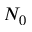
N _ { 0 }